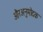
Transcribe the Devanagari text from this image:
औरअनुमोदक